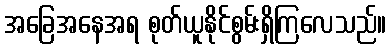
အခြေအနေအရ စုတ်ယူနိုင်စွမ်းရှိကြလေသည်။